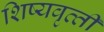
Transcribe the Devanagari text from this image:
शिष्‍यवृत्‍ती